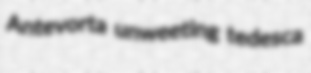
Antevorta unweeting tedesca